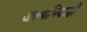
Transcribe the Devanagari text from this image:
अल्पमियादी